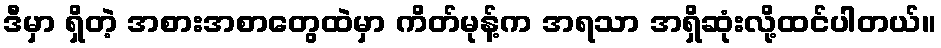
ဒီမှာ ရှိတဲ့ အစားအစာတွေထဲမှာ ကိတ်မုန့်က အရသာ အရှိဆုံးလို့ထင်ပါတယ်။